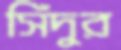
সিঁদুর